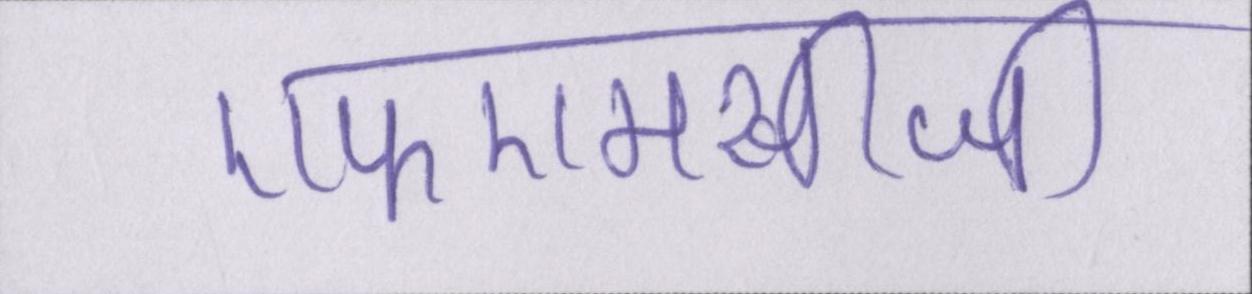
एफएमसीजी